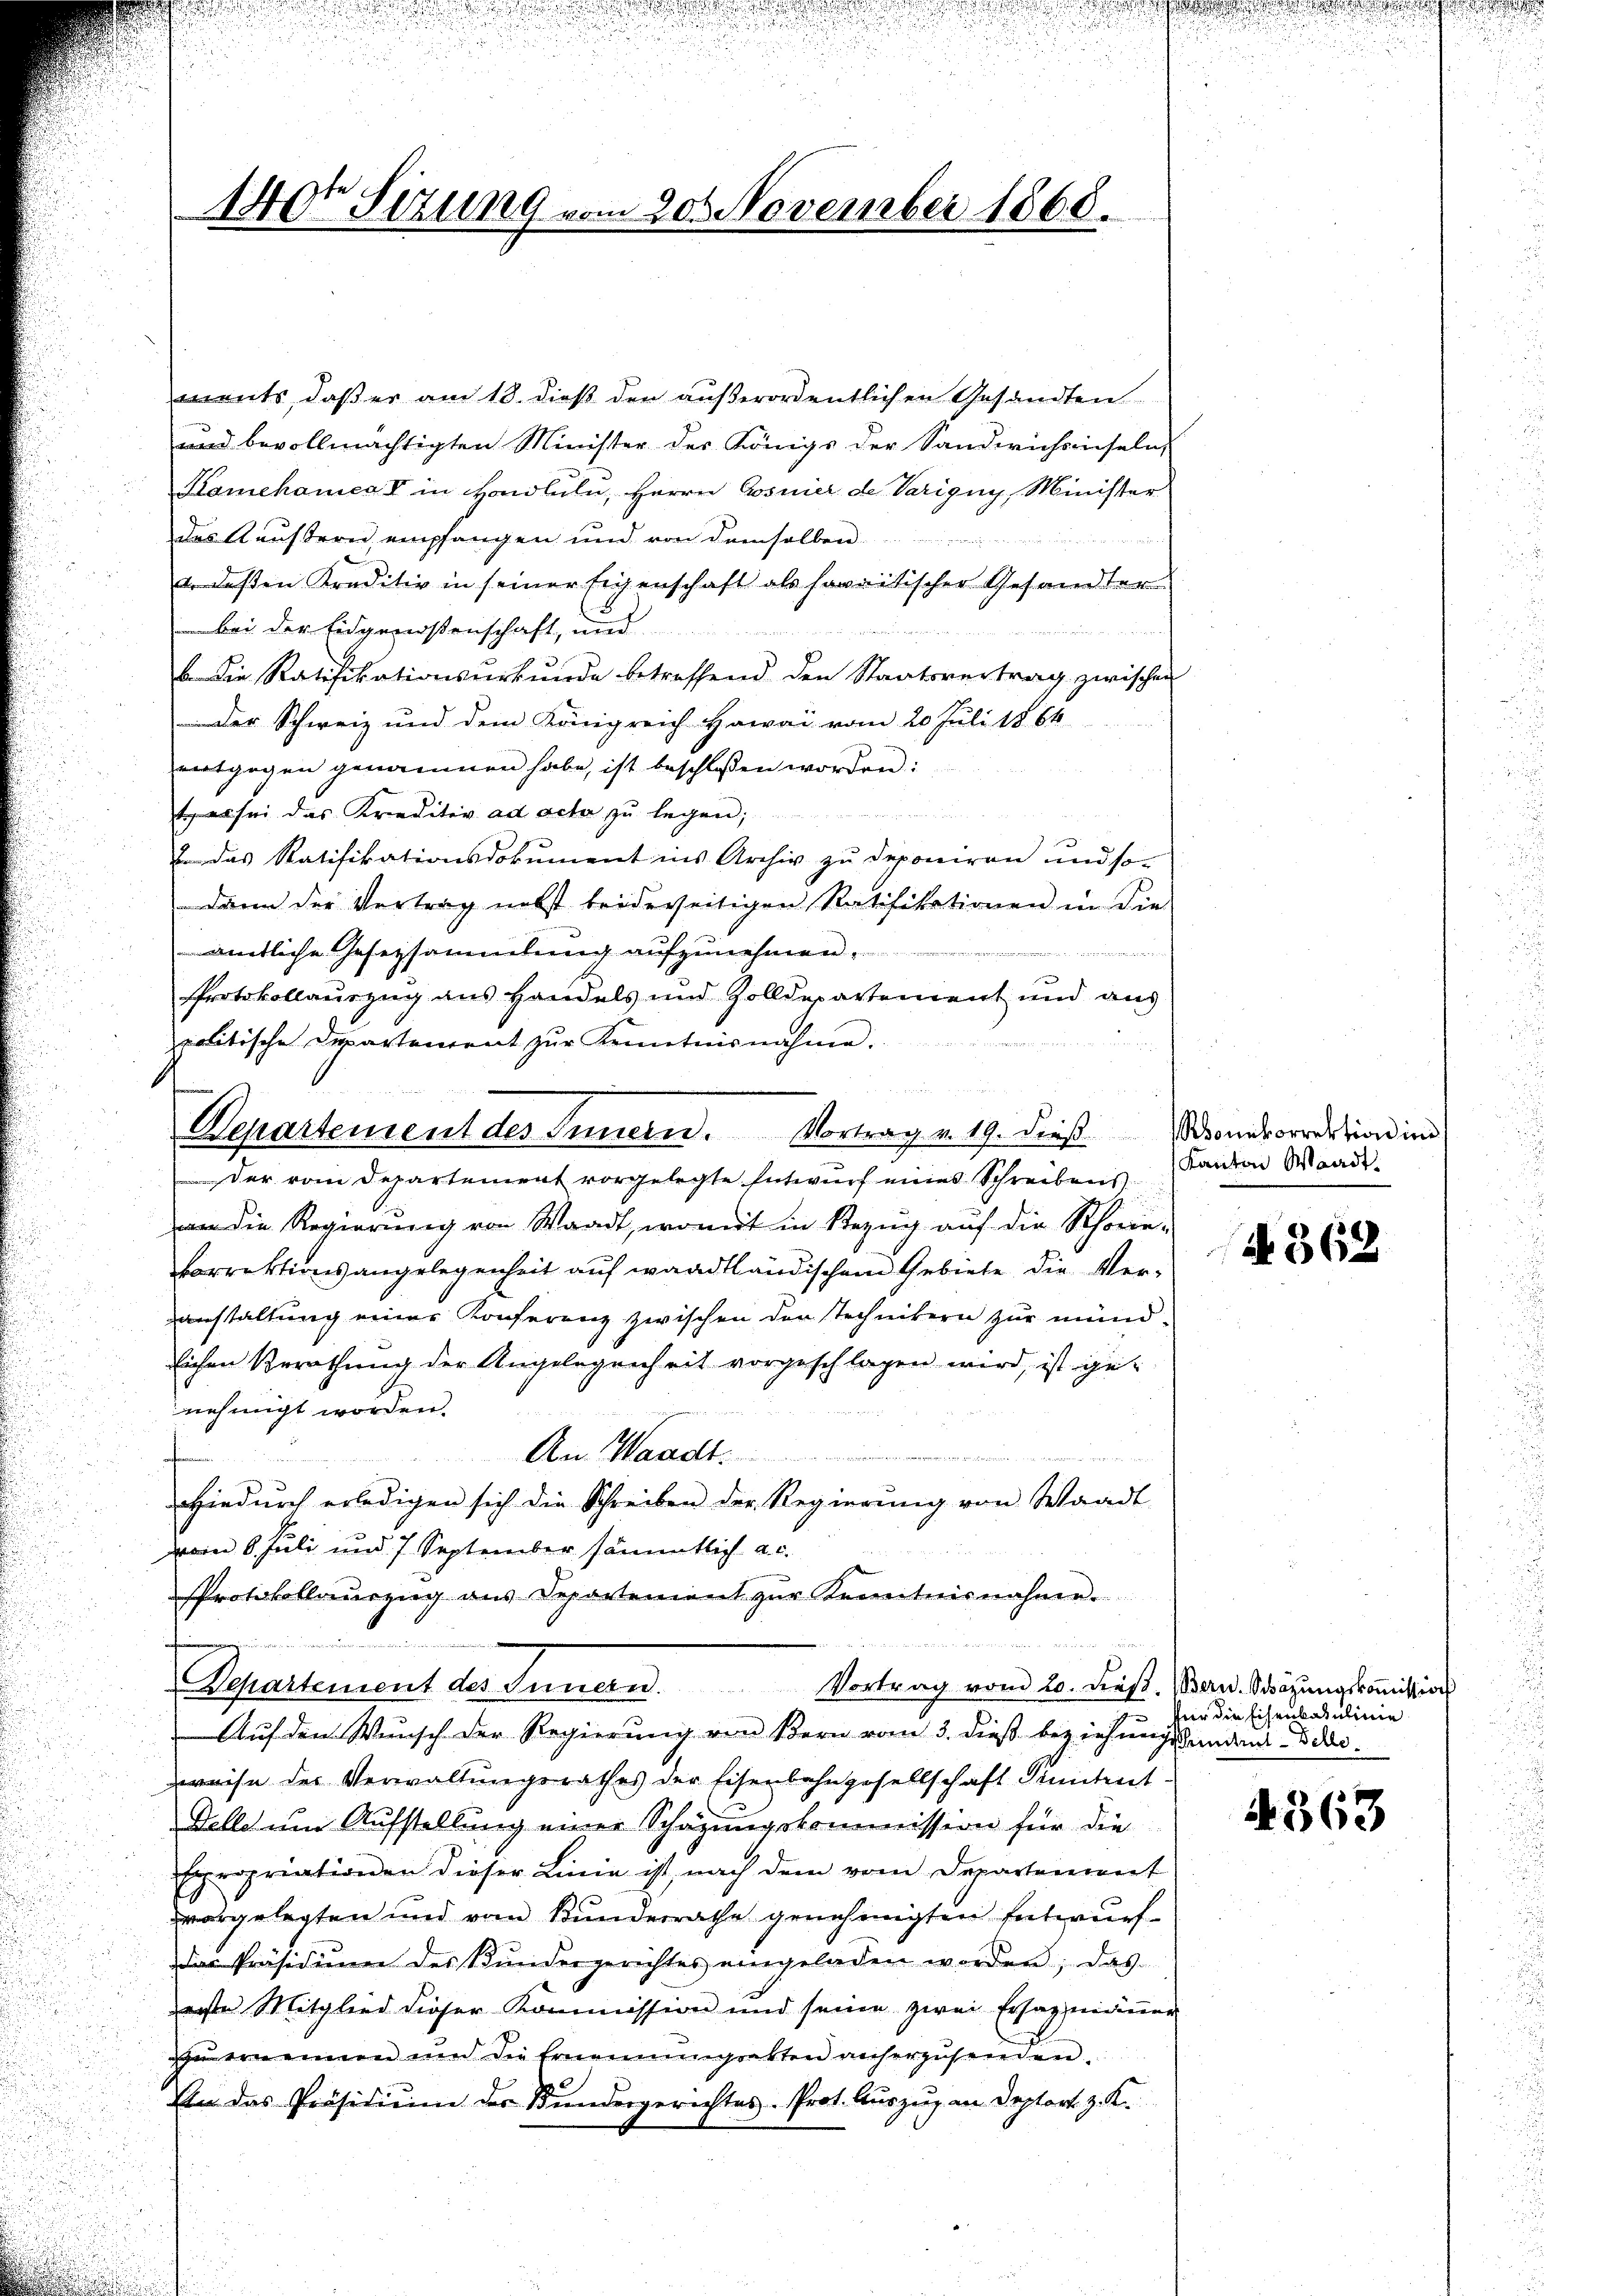
140r Situng vom 20. November 1868.

ments, daß er am 18. dieß den außerordentlichen Gesandten
und bevollmächtigten Minister des Königs der Sanderichsenseln,
Kamehamer II in Handlulu, Herrn Gosnier de Varigny, Minister
des Aeustern, empfangen und von demselben
v. deßen Kreditiv in seiner Eigenschaft als sacritischer Gesandter
bei der Eidgenossenschaft, und
Die Ratifikationsurkunde betreffend den Staatsvertrag zwischen
Der Schweiz und dem Königreich Hawai vom 20. Juli 1864
entgegen genommen habe, ist beschlossen worden:
t es sei das Kreditiv ad acta zu legen;
. das Ratifikationsdokument ins Archiv zu deponiren und so-
dann der Vertrag nebst beiderseitigen Ratifikationen in die
ämtliche Gesetzsammlung aufzunehmen.

Protokollauszug aus Handels und Zolldepartement und aus
politische Departement zur Kenntnisnahme.

n

Departement des Innern. Vortrag v. 19. dieß ondvorrektion in

Der vom Departement vorgelegte Entwurf eines Schreibens
an die Regierung von Waadt, womit in Bezug auf die Schorie-
orrektionsangelegenheit auf waadtländischem Gebiete die Veranstaltung einer Konferenz zwischen der Technikern zur mündlichen Berathung der Angelegenheit vorgeschlagen wird, ist gee
nehmigt worden.
An Waadt
u
Hiedurch erledigen sich die Schreiben der Regierung von Waadt
vom 8. Juli und 7 September sämmtlich a. c.
Protokollauszug aus Departement zŭr Kenntnisnahme.

Departement des Innern. Vortrag vom 20. dieβ. (Bern. Schäzŭngskoṁissions

Auf den Wunsch der Regierung von Bern vom 3. dieß beziehungskandans Bedi
zweise des Verwaltungsrathes der Eisenbahngesellschaft Sichent-
Telle um Aufstellung einer Schazungskommission für die
propriationen dieser Linie ist, nach dem vom Departement
dargelegten und vom Bunderrathe genehmigten Entwurf
Das Präsidiŭm des Bundergerichtes eingeladen worden; das
erste Mitglied dieser Kommission und seine zwei Ersatzmäṅer
zŭ ernennen und die Ernennungsakten anherzusenden.
An das Präsidium des Bundergerichtes. Prot. Auszug an Deptort z. K.

d

Kanton Waadt.
A 362

vir die Eisenbaulinie

i

4363

u